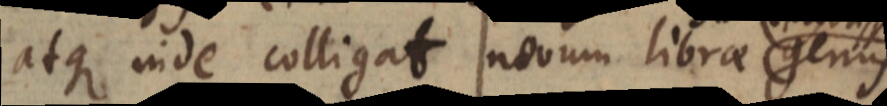
atque inde colligat novum librae genus